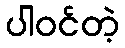
ပါဝင်တဲ့